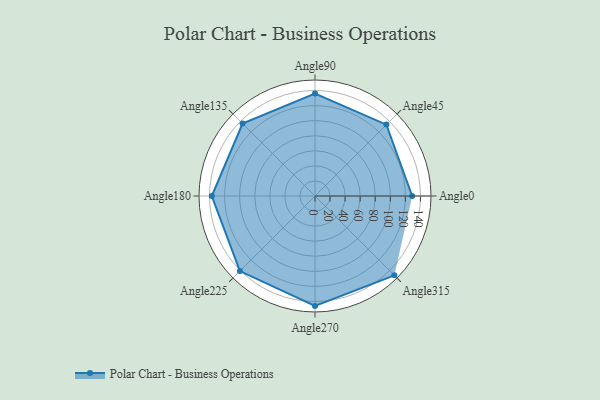
{"axis": {"x": "Angle", "y": "Radius"}, "legend": [""], "data": [{"x": "Angle0", "y": 129.0, "type": ""}, {"x": "Angle45", "y": 134.0, "type": ""}, {"x": "Angle90", "y": 136.0, "type": ""}, {"x": "Angle135", "y": 136.0, "type": ""}, {"x": "Angle180", "y": 137.0, "type": ""}, {"x": "Angle225", "y": 141.0, "type": ""}, {"x": "Angle270", "y": 146.0, "type": ""}, {"x": "Angle315", "y": 149.0, "type": ""}]}